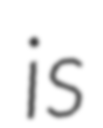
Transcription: is